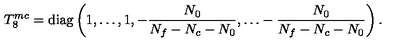
T _ { 8 } ^ { m c } = \mathrm { d i a g } \left( 1 , \dots , 1 , - \frac { N _ { 0 } } { N _ { f } - N _ { c } - N _ { 0 } } , \dots - \frac { N _ { 0 } } { N _ { f } - N _ { c } - N _ { 0 } } \right) .